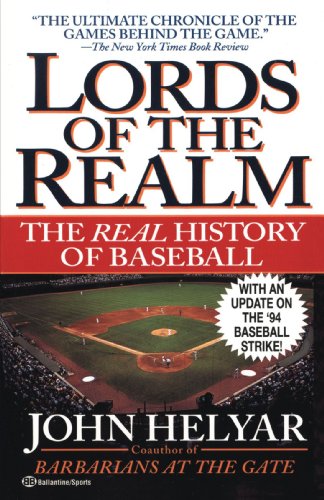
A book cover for The Lords of the Realm; John Helyar; Sports & Outdoors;